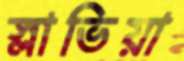
স্লাভিয়া